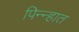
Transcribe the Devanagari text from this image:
पिन्न्हात